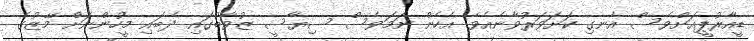
ޑީއާރުޕީއަށްވެސް އެނގި ކަށަވަރުވާނެއެވެ. އެހެން ނަމަވެސް ސިޔާސީ ޒުވާބުގައި ދެބައި މީހުންނަށް މޭޒުގެ